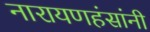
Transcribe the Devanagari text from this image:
नारायणहंसांनी